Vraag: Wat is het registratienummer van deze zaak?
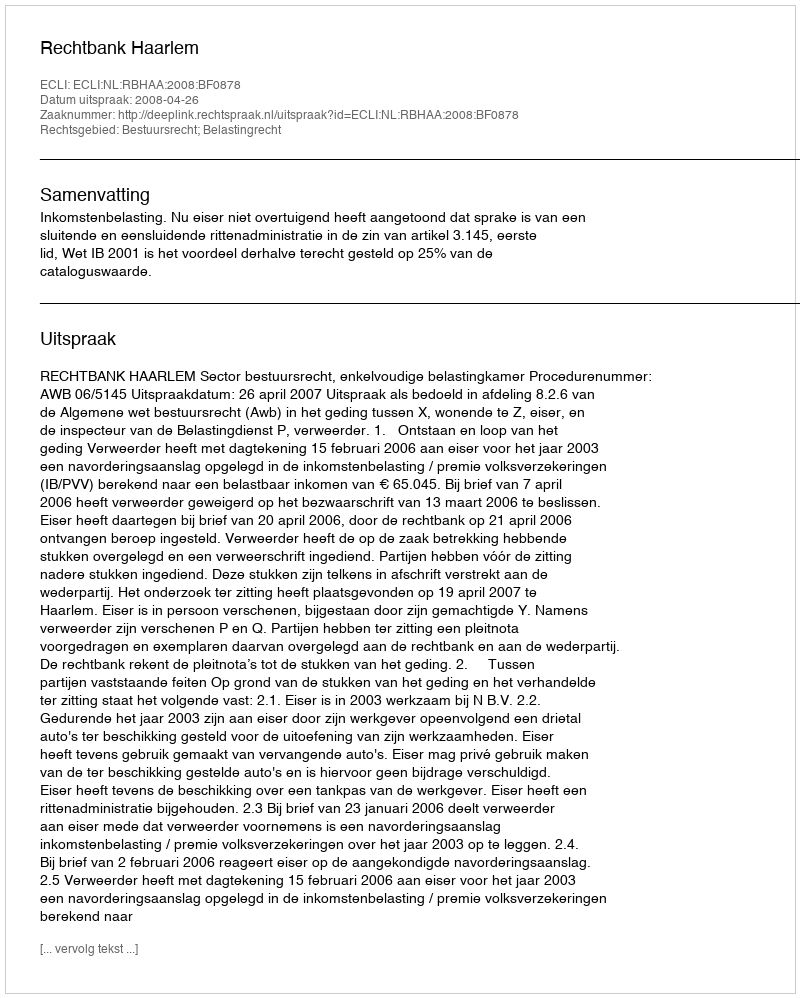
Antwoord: http://deeplink.rechtspraak.nl/uitspraak?id=ECLI:NL:RBHAA:2008:BF0878